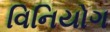
વિનિયોગ